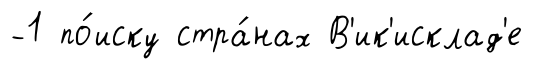
-1 по́иску стра́нах В'ик'исклад'е